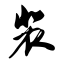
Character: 裴